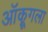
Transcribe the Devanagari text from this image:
ऑक्रूगला